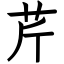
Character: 芹